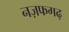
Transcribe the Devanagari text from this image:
नज़फगढ़